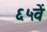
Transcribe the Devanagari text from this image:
६५वें